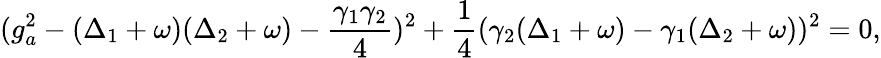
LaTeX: (g_{a}^{2}-(\Delta_{1}+\omega)(\Delta_{2}+\omega)-\frac{\gamma_{1}\gamma_{2}}{4})^{2}+\frac{1}{4}(\gamma_{2}(\Delta_{1}+\omega)-\gamma_{1}(\Delta_{2}+\omega))^{2}=0,